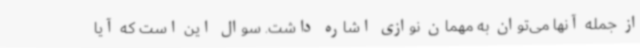
از جمله آنها می‌توان به مهمان نوازی اشاره داشت. سوال این است که آیا